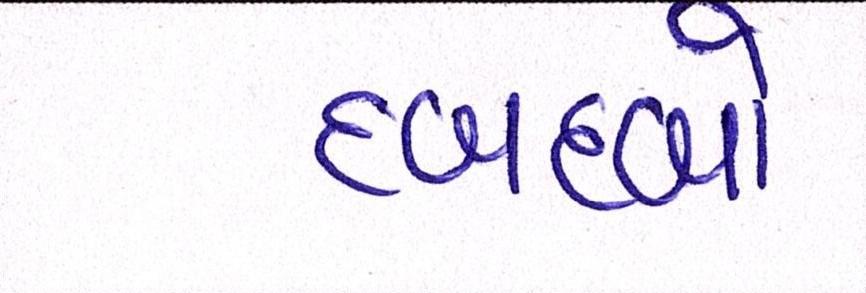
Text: દબદબો